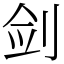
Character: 剑